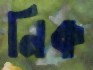
নিক